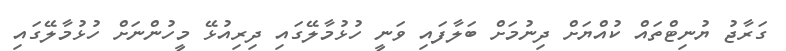
ގަރާޖު ޔުނިޓްތައް ކުއްޔަށް ދިނުމަށް ބަލާފައި ވަނީ ހުޅުމާލޭގައި ދިރިއުޅޭ މީހުންނަށް ހުޅުމާލޭގައި